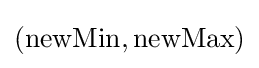
({\text{newMin}},{\text{newMax}})